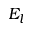
E _ { l }